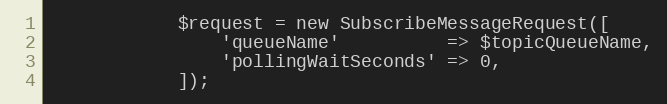
Language: PHP
            $request = new SubscribeMessageRequest([
                'queueName'          => $topicQueueName,
                'pollingWaitSeconds' => 0,
            ]);